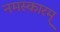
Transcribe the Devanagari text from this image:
नमस्कारम्